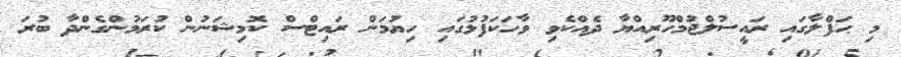
މި ޙަފްލާގައި ރައީސުލްޖުމްހޫރިއްޔާ ދެއްކެވި ވާހަކަފުޅުގައި ހިޔުމަން ރައިޓްސް ކޮމިޝަނުން ކުރަމުންގެންދާ ބުރަ